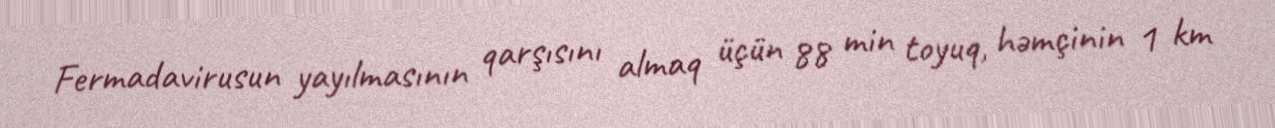
Fermadavirusun yayılmasının qarşısını almaq üçün 88 min toyuq, həmçinin 1 km